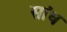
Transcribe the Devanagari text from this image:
सांध